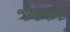
જલજન